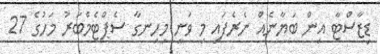
ޑިޒާސްޓާ އިން ބަޔާނެއް ނެރެފައި މި ވަނީ މިހިނގާ ސެޕްޓެމްބަރު މަހުގެ 27